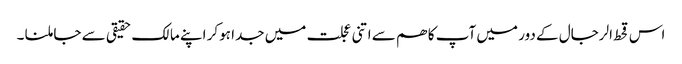
اس قحط الرجال کے دور میں آپ کا ھم سے اتنی عجلت میں جدا ہوکر اپنے مالک حقیقی سے جا ملنا ۔